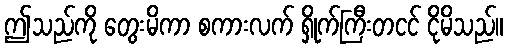
ဤသည်ကို တွေးမိကာ စကားလက် ရှိုက်ကြီးတငင် ငိုမိသည်။